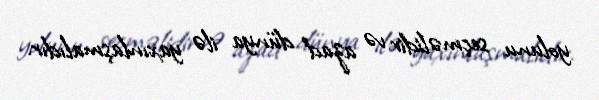
yolunu seçməlidir və azad dünya ilə yaxınlaşmalıdır.